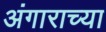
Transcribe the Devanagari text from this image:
अंगाराच्या